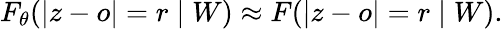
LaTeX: F_{\theta}(|z-o|=r\mid W)\approx F(|z-o|=r\mid W).